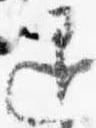
退